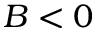
B < 0